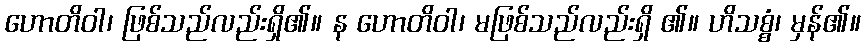
ဟောတိဝါ၊ ဖြစ်သည်လည်းရှိ၏။ န ဟောတိဝါ၊ မဖြစ်သည်လည်းရှိ ၏။ ဟိသစ္စံ၊ မှန်၏။